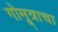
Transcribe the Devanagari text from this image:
गोमूत्राचा